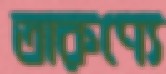
তারুণ্যে